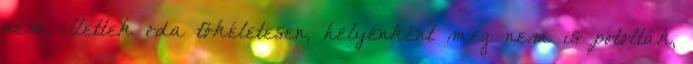
nem illettek oda tökéletesen, helyenként meg nem is pótolták,